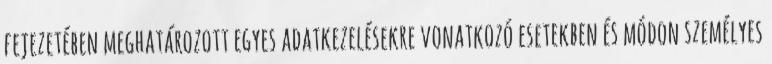
fejezetében meghatározott egyes adatkezelésekre vonatkozó esetekben és módon személyes